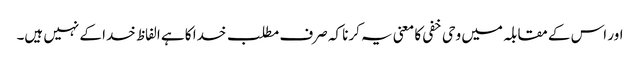
اور اس کے مقابلہ میں وحی خفی کا معنی یہ کرنا کہ صرف مطلب خدا کا ہے الفاظ خدا کے نہیں ہیں۔